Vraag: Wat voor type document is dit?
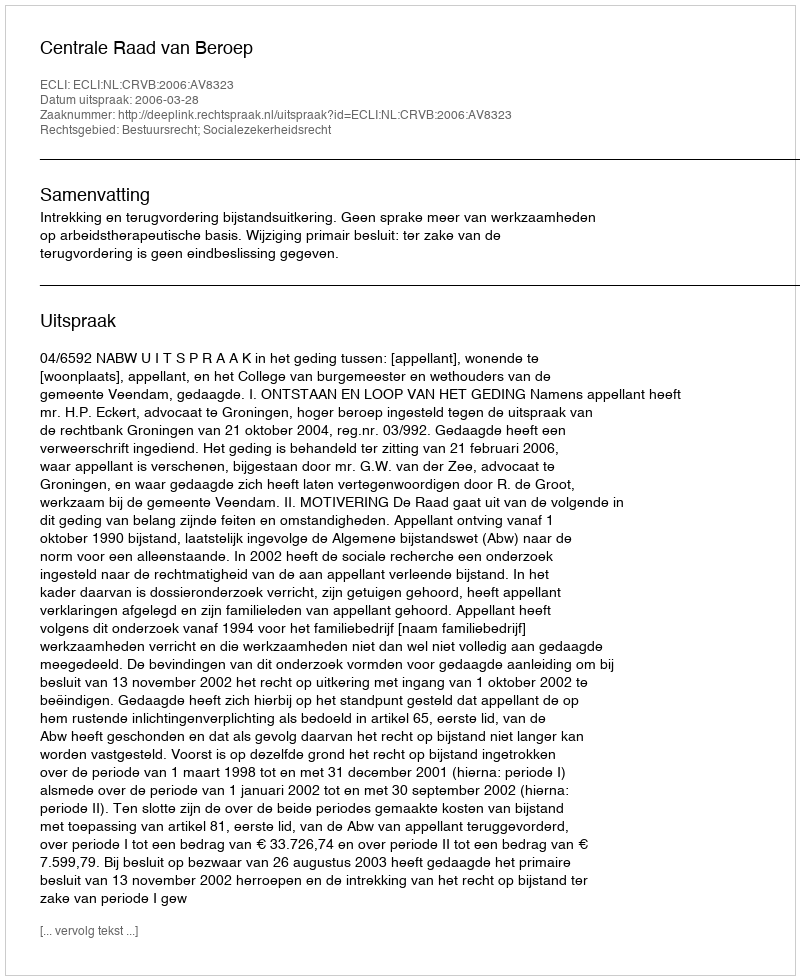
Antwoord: Uitspraak